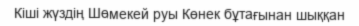
Кіші жүздің Шөмекей руы Көнек бұтағынан шыққан